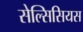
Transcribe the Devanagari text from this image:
सेल्सिसियस